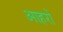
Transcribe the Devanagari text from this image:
आहरों